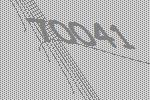
70041